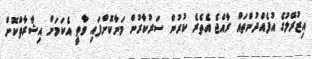
އިޒުރޭލުގެ އުފެއްދުންތައް ރާއްޖެ އެތެރެ ކުރުން ސަރުކާރުން މަނާކޮށްފައި ވާތީ އެކަމަށް އިޝާރާތްކޮށް